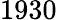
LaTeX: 1930